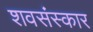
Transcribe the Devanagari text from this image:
शवसंस्कार